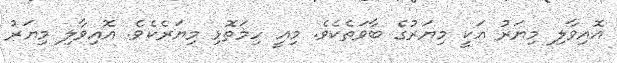
އޮއިވާލި މިޔަރު އަކީ މިޔަރުގެ ބާވަތެކެވެ. މިއީ ހިމަތޮޅި މިޔަރެކެވެ. އޮއިވާލި މިޔަރު